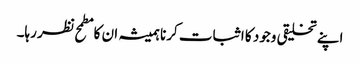
اپنے تخلیقی وجود کا اثبات کرنا ہمیشہ ان کا مطمح نظر رہا۔